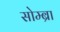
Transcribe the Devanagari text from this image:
सोम्ब्रा